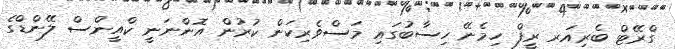
ގްރޭޓް ބެރިއަރ ރީފް ހިމެނޭ ހިސާބުގައި މަސްވެރިކަން ކުރުން އޮންނަނީ ކްއީންސް ލޭންޑްގެ